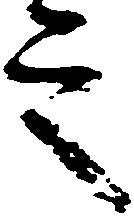
言